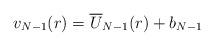
LaTeX: \begin{align*}v_{N-1} (r) = \overline U_{N-1} (r) + b_{N-1}\end{align*}